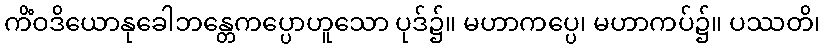
ကိံဝဒိယောနုခေါဘန္တေကပ္ပောဟူသော ပုဒ်၌။ မဟာကပ္ပေ၊ မဟာကပ်၌။ ပဿတိ၊